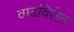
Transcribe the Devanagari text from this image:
वाढविलेत